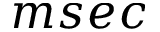
m s e c